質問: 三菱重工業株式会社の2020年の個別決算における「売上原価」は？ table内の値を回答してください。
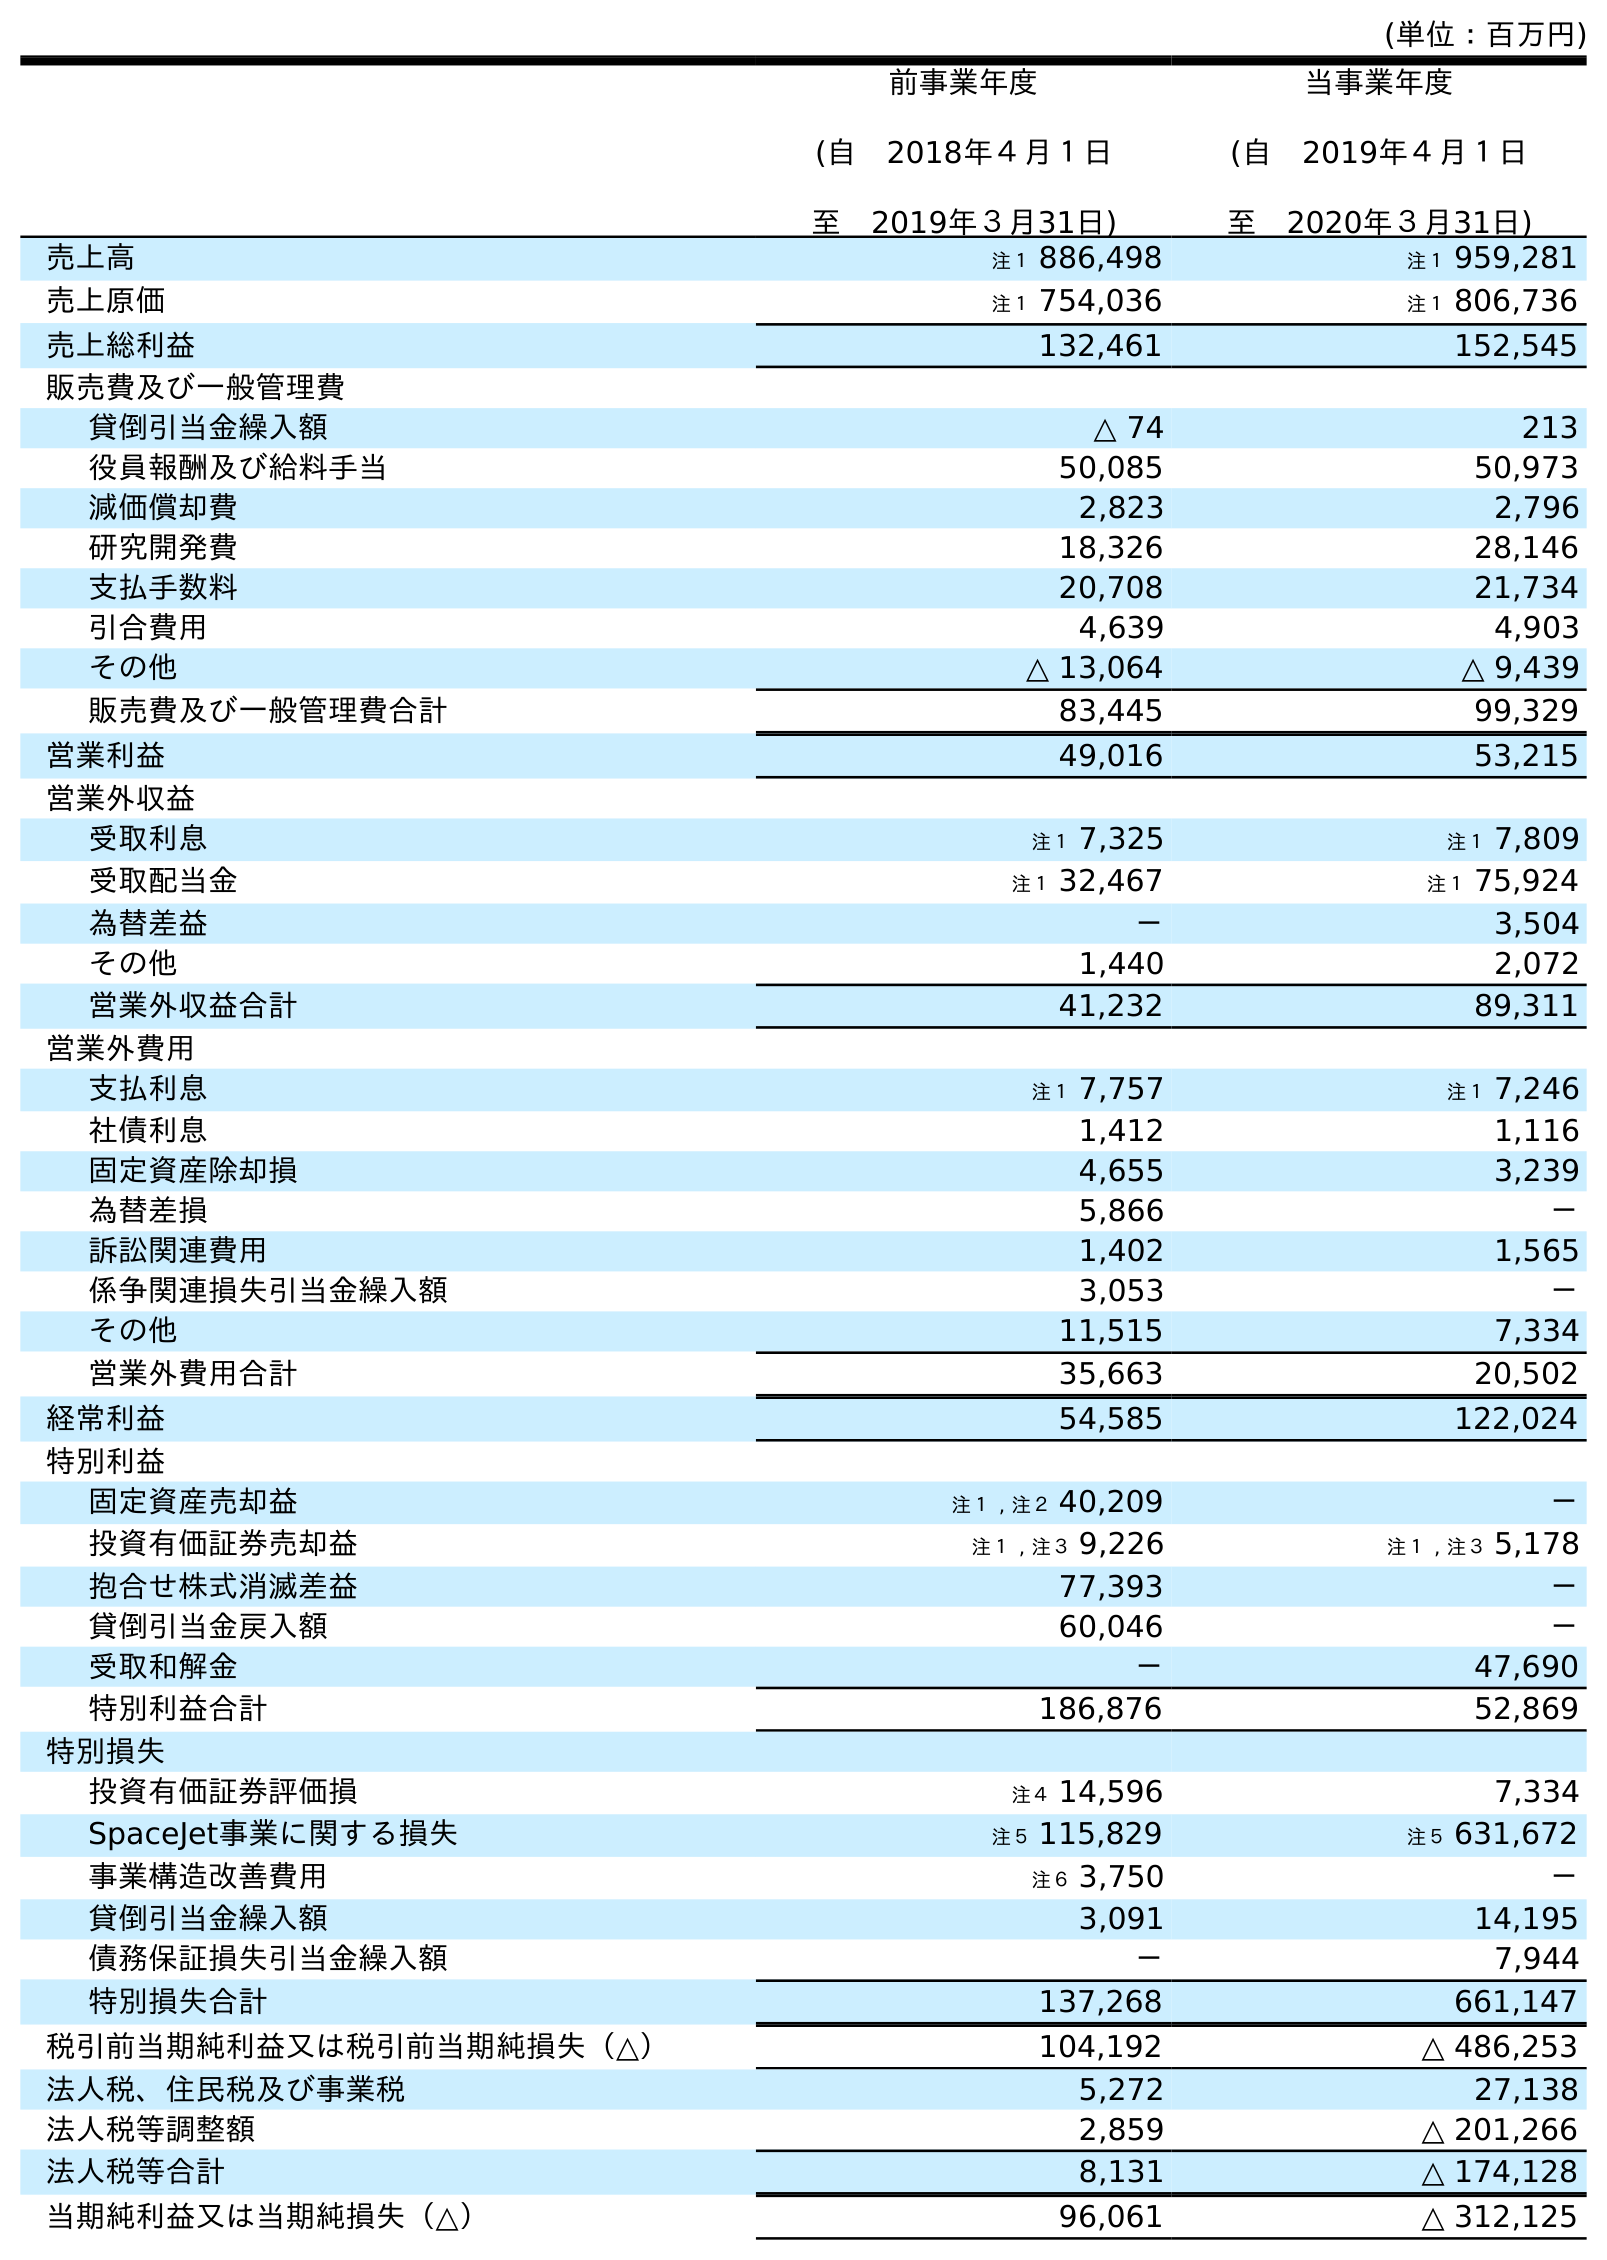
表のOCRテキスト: (単位：百万円) 前事業年度 (自 2018年４月１日 至 2019年３月31日) 当事業年度 (自 2019年４月１日 至 2020年３月31日) 売上高 注１ 886,498 注１ 959,281 売上原価 注１ 754,036 注１ 806,736 売上総利益 132,461 152,545 販売費及び一般管理費 貸倒引当金繰入額 △ 74 213 役員報酬及び給料手当 50,085 50,973 減価償却費 2,823 2,796 研究開発費 18,326 28,146 支払手数料 20,708 21,734 引合費用 4,639 4,903 その他 △ 13,064 △ 9,439 販売費及び一般管理費合計 83,445 99,329 営業利益 49,016 53,215 営業外収益 受取利息 注１ 7,325 注１ 7,809 受取配当金 注１ 32,467 注１ 75,924 為替差益 － 3,504 その他 1,440 2,072 営業外収益合計 41,232 89,311 営業外費用 支払利息 注１ 7,757 注１ 7,246 社債利息 1,412 1,116 固定資産除却損 4,655 3,239 為替差損 5,866 － 訴訟関連費用 1,402 1,565 係争関連損失引当金繰入額 3,053 － その他 11,515 7,334 営業外費用合計 35,663 20,502 経常利益 54,585 122,024 特別利益 固定資産売却益 注１ , 注２ 40,209 － 投資有価証券売却益 注１ , 注３ 9,226 注１ , 注３ 5,178 抱合せ株式消滅差益 77,393 － 貸倒引当金戻入額 60,046 － 受取和解金 － 47,690 特別利益合計 186,876 52,869 特別損失 投資有価証券評価損 注４ 14,596 7,334 SpaceJet事業に関する損失 注５ 115,829 注５ 631,672 事業構造改善費用 注６ 3,750 － 貸倒引当金繰入額 3,091 14,195 債務保証損失引当金繰入額 － 7,944 特別損失合計 137,268 661,147 税引前当期純利益又は税引前当期純損失（△） 104,192 △ 486,253 法人税、住民税及び事業税 5,272 27,138 法人税等調整額 2,859 △ 201,266 法人税等合計 8,131 △ 174,128 当期純利益又は当期純損失（△） 96,061 △ 312,125
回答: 注１806,736